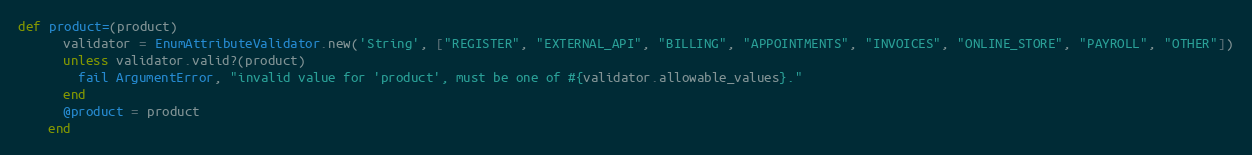
Language: Ruby
def product=(product)
      validator = EnumAttributeValidator.new('String', ["REGISTER", "EXTERNAL_API", "BILLING", "APPOINTMENTS", "INVOICES", "ONLINE_STORE", "PAYROLL", "OTHER"])
      unless validator.valid?(product)
        fail ArgumentError, "invalid value for 'product', must be one of #{validator.allowable_values}."
      end
      @product = product
    end